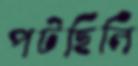
পটছিলি